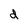
Character: d